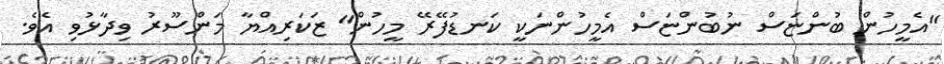
"އެމީހުން ބުންޏަސް ނުބުންޏަސް އެމީހުންނަކީ ކަނޑުފޭރޭ މީހުން" ޒަކަރިއްޔާ މަންސޫރު ވިދާޅުވި އެވެ.